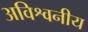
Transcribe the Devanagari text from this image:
अविश्वनीय